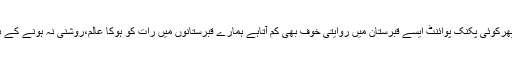
لگتاہے جیسے ہم کسی باغ میں آگئے ہوں یا پھرکوئی پکنک پوائنٹ ایسے قبرستان میں روایتی خوف بھی کم آتاہے ہمارے قبرستانوں میں رات کو ہوکا عالم،روشنی نہ ہونے کے برابر، ٹوٹی،پھوٹی اور و شکستہ چاردیواری ۔